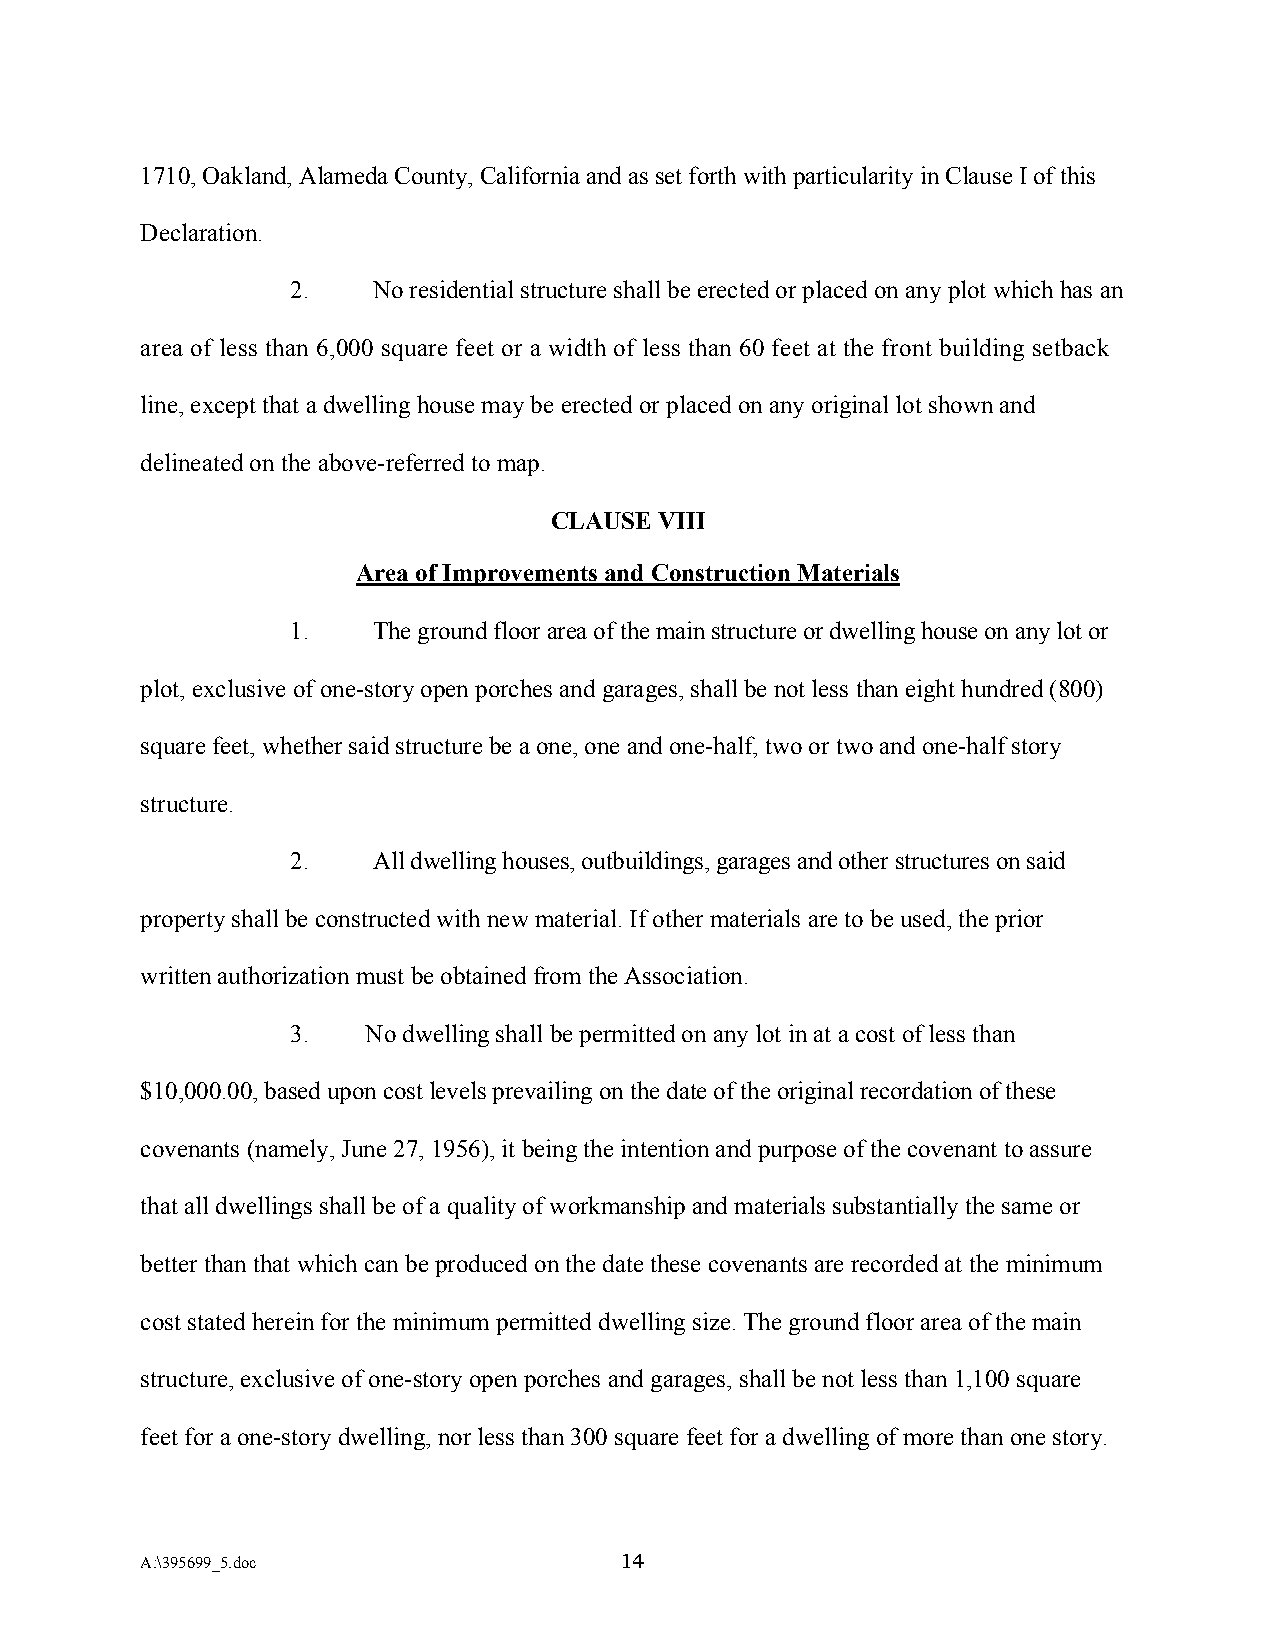
1710, Oakland, Alameda County, California and as set forth with particularity in Clause I of this
 Declaration.
 2.    No residential structure shall be erected or placed on any plot which has an
 area of less than 6,000 square feet or a width of less than 60 feet at the front building setback
 line, except that a dwelling house may be erected or placed on any original lot shown and
 delineated on the above-referred to map.
 CLAUSE  VIII
 Area of Improvements and Construction Materials
 1.    The ground floor area of the main structure or dwelling house on any lot or
 plot, exclusive of one-story open porches and garages, shall be not less than eight hundred (800)
 square feet, whether said structure be a one, one and one-half, two or two and one-half story
 structure.
 2.    All dwelling houses, outbuildings, garages and other structures on said
 property shall be constructed with new material. If other materials are to be used, the prior
 written authorization must be obtained from the Association.
 3.   No dwelling shall be permitted on any lot in at a cost of less than
 $10,000.00, based upon cost levels prevailing on the date of the original recordation of these
 covenants (namely, June 27, 1956), it being the intention and purpose of the covenant to assure
 that all dwellings shall be of a quality of workmanship and materials substantially the same or
 better than that which can be produced on the date these covenants are recorded at the minimum
 cost stated herein for the minimum permitted dwelling size. The ground floor area of the main
 structure, exclusive of one-story open porches and garages, shall be not less than 1,100 square
 feet for a one-story dwelling, nor less than 300 square feet for a dwelling of more than one story.
 A:\395699_5.doc                 14